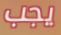
يجب